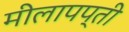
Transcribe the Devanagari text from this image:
मीलापप्ती